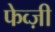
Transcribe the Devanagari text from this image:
फेव्ज़ी